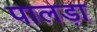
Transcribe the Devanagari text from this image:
पालड़ा